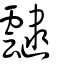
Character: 靆